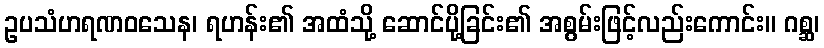
ဥပသံဟရဏဝသေန၊ ရဟန်း၏ အထံသို့ ဆောင်ပို့ခြင်း၏ အစွမ်းဖြင့်လည်းကောင်း။ ဂစ္ဆ၊